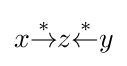
x{\stackrel {*}{\rightarrow }}z{\stackrel {*}{\leftarrow }}y